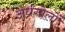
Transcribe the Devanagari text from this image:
अर्धगोलों